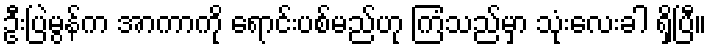
ဦးပြဲမွန်က အာကာကို ရောင်းပစ်မည်ဟု ကြံသည်မှာ သုံးလေးခါ ရှိပြီ။